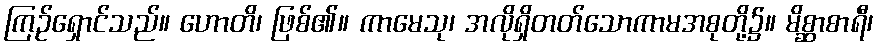
ကြဉ်ရှောင်သည်။ ဟောတိ၊ ဖြစ်၏။ ကာမေသု၊ အလိုရှိတတ်သောကာမအစုတို့၌။ မိစ္ဆာစာရီ၊